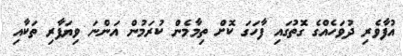
އުފާވެރި ދުވަހެއްގެ ގޮތުގައި ފާހަގަ ކޮށް ތިމާމެން ކުރަމުން އަންނަ ވިޔަފާރި ތަކާއި